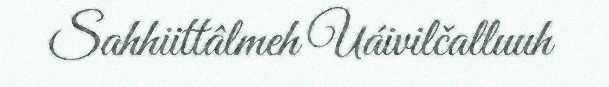
Sahhiittâlmeh Uáivilčalluuh